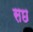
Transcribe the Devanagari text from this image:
सछ